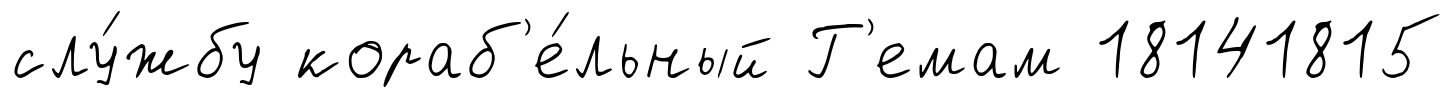
слу́жбу кораб'е́льный Г'емам 18141815